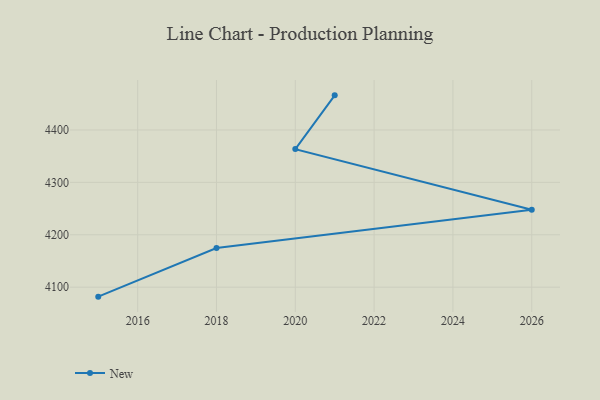
{"axis": {"x": "Year", "y": "Page Views"}, "legend": ["New"], "data": [{"x": "2015", "y": 4081.9, "type": "New"}, {"x": "2018", "y": 4174.8, "type": "New"}, {"x": "2026", "y": 4247.9, "type": "New"}, {"x": "2020", "y": 4363.5, "type": "New"}, {"x": "2021", "y": 4466.1, "type": "New"}]}